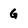
Character: G